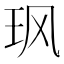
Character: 𮴆